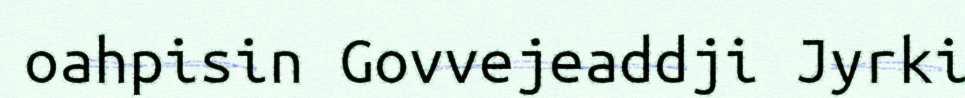
oahpisin Govvejeaddji Jyrki